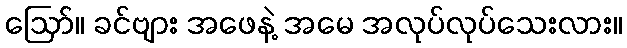
ဪ။ ခင်ဗျား အဖေနဲ့ အမေ အလုပ်လုပ်သေးလား။